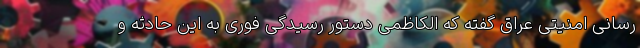
رسانی امنیتی عراق گفته که الکاظمی دستور رسیدگی فوری به این حادثه و